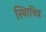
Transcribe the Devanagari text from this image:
स्थिरचित्र